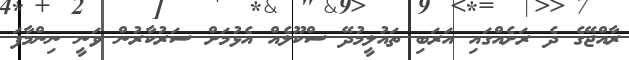
ރާއްޖޭގެ ދެ ރަށެއްގައި އަރަބި ތައުލީމުދޭ ސްކޫލެއް އެޅުމަށް ސަރުކާރުން ވަނީ ނިންމާފަ